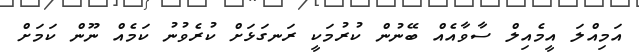
އަމިއްލަ އީމެއިލް ސާވާއެއް ބޭނުން ކުރުމަކީ ރަނގަޅަށް ކުރެވުނު ކަމެއް ނޫން ކަމަށް